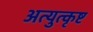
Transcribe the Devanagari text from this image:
अत्युुत्कृष्ट